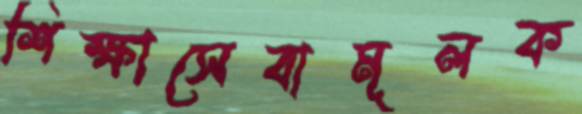
শিক্ষাসেবামূলক